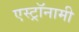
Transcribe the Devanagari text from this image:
एस्‍ट्रॉनामी